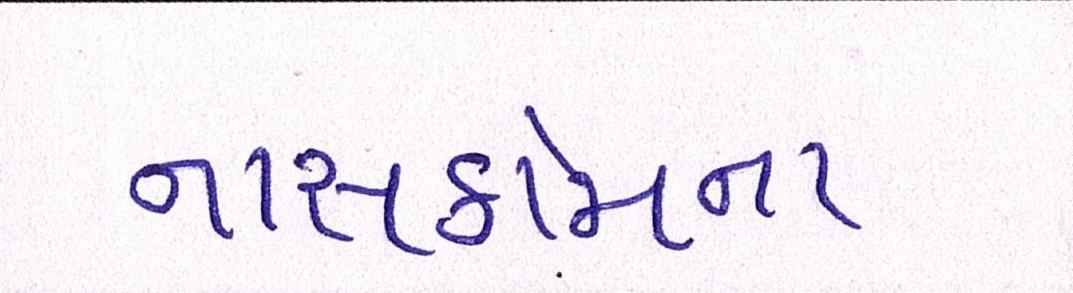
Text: નાસકોમના